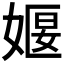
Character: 𪦈